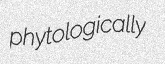
phytologically